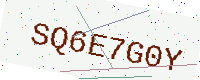
Text: SQ6E7G0Y